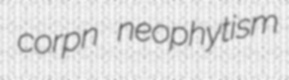
corpn neophytism